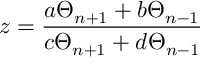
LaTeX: z = \frac { a \Theta _ { n + 1 } + b \Theta _ { n - 1 } } { c \Theta _ { n + 1 } + d \Theta _ { n - 1 } }